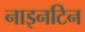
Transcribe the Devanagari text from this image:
नाइनटिन